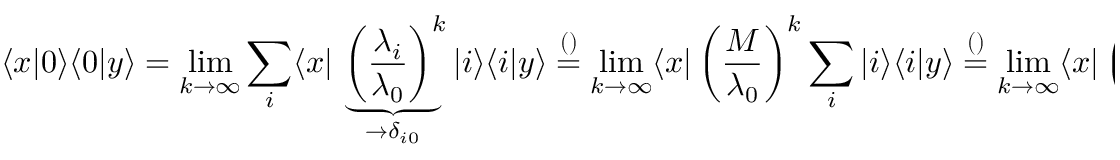
\langle x | 0 \rangle \langle 0 | y \rangle = \operatorname* { l i m } _ { k \to \infty } \sum _ { i } \langle x | \underbrace { \left( \frac { \lambda _ { i } } { \lambda _ { 0 } } \right) ^ { k } } _ { \to \delta _ { i 0 } } | i \rangle \langle i | y \rangle \overset { \footnotesize ( ) } { = } \operatorname* { l i m } _ { k \to \infty } \langle x | \left( \frac { M } { \lambda _ { 0 } } \right) ^ { k } \sum _ { i } | i \rangle \langle i | y \rangle \overset { \footnotesize ( ) } { = } \operatorname* { l i m } _ { k \to \infty } \langle x | \left( \frac { M } { \lambda _ { 0 } } \right) ^ { k } | y \rangle ,